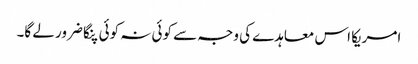
امریکا اس معاہدے کی وجہ سے کوئی نہ کوئی پنگا ضرور لے گا۔